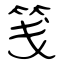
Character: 笺